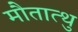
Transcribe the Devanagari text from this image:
मौतात्थु